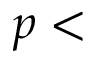
p <